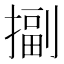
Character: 㨽